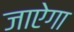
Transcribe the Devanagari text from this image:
जाऐगा